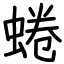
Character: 蜷